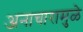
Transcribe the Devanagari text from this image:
अनाचारामुळे